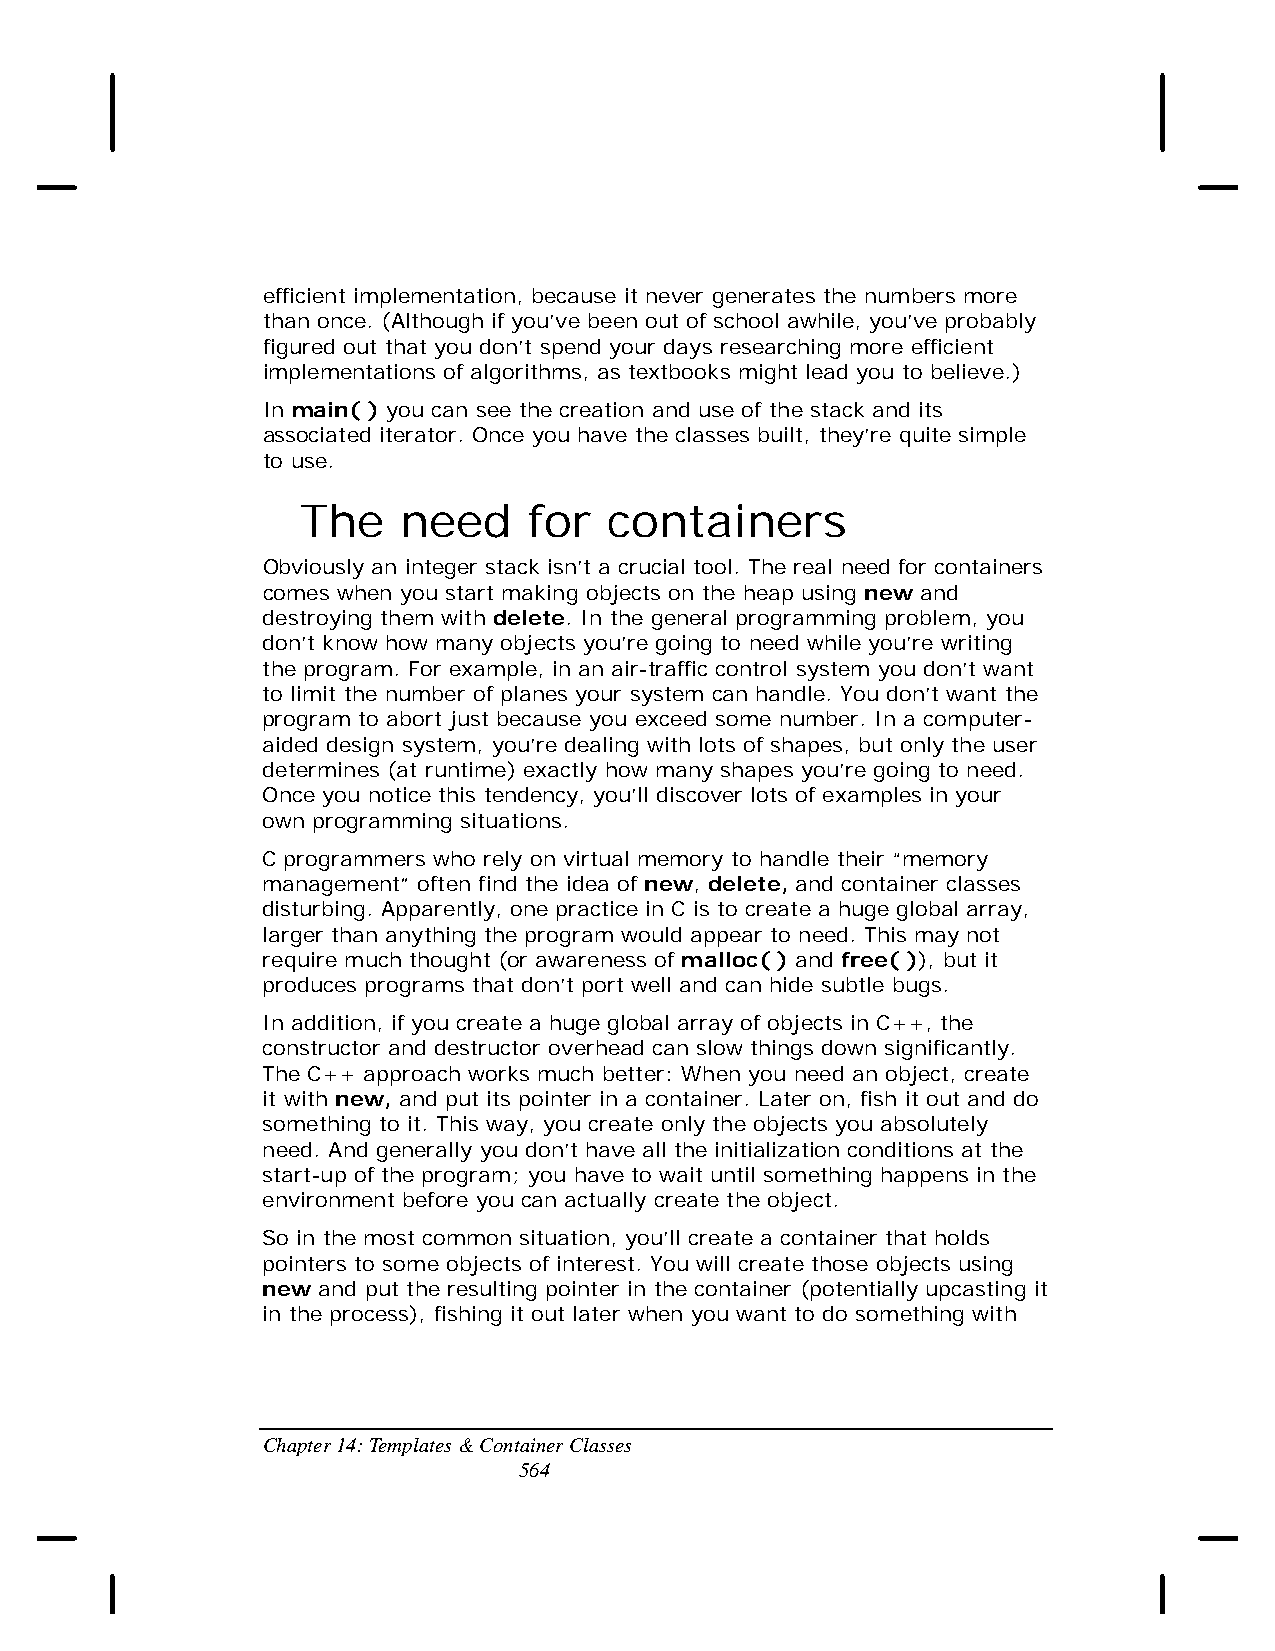
efficient implementation, because it never generates the numbers more
 than once. (Although if you’ve been out of school awhile, you’ve probably
 figured out that you don’t spend your days researching more efficient
 implementations of algorithms, as textbooks might lead you to believe.)
 In main( ) you can see the creation and use of the stack and its
 associated iterator. Once you have the classes built, they’re quite simple
 to use.
 The    need    for  containers
 Obviously an integer stack isn’t a crucial tool. The real need for containers
 comes when you start making objects on the heap using new and
 destroying them with delete. In the general programming problem, you
 don’t know how many objects you’re going to need while you’re writing
 the program. For example, in an air-traffic control system you don’t want
 to limit the number of planes your system can handle. You don’t want the
 program to abort just because you exceed some number. In a computer-
 aided design system, you’re dealing with lots of shapes, but only the user
 determines (at runtime) exactly how many shapes you’re going to need.
 Once you notice this tendency, you’ll discover lots of examples in your
 own programming situations.
 C programmers who rely on virtual memory to handle their “memory
 management” often find the idea of new, delete, and container classes
 disturbing. Apparently, one practice in C is to create a huge global array,
 larger than anything the program would appear to need. This may not
 require much thought (or awareness of malloc( ) and free( )), but it
 produces programs that don’t port well and can hide subtle bugs.
 In addition, if you create a huge global array of objects in C++, the
 constructor and destructor overhead can slow things down significantly.
 The C++ approach works much better: When you need an object, create
 it with new, and put its pointer in a container. Later on, fish it out and do
 something to it. This way, you create only the objects you absolutely
 need. And generally you don’t have all the initialization conditions at the
 start-up of the program; you have to wait until something happens in the
 environment before you can actually create the object.
 So in the most common situation, you’ll create a container that holds
 pointers to some objects of interest. You will create those objects using
 new and put the resulting pointer in the container (potentially upcasting it
 in the process), fishing it out later when you want to do something with
 Chapter 14: Templates & Container Classes
 564